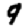
Digit: 9